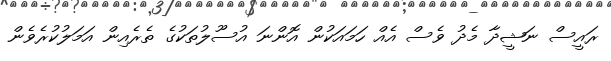
ރައީސް ނަޝީދާ މެދު ވެސް އެއް ހަމައަކުން އޮންނަ އުސޫލުތަކުގެ ތެރެއިން އަމަލުކުރެވެން